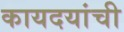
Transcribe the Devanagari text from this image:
कायदयांची